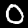
Digit: 0